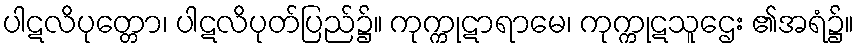
ပါဋလိပုတ္တော၊ ပါဋလိပုတ်ပြည်၌။ ကုက္ကုဋာရာမေ၊ ကုက္ကုဋသူဌေး ၏အရံ၌။